Medical and sanitary report of the native army of Bengal for the year
Year: 1876
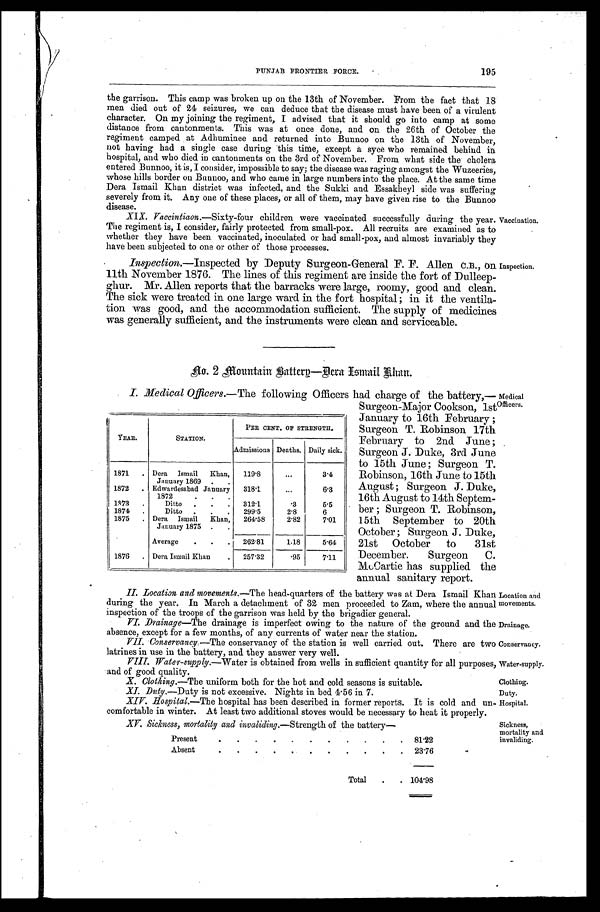
195
PUNJAB FRONTIER FORCE.
the garrison. This camp was broken up on the 13th of November. From the fact that 18
men died out of 24 seizures, we can deduce that the disease must have been of a virulent
character. On my joining the regiment, I advised that it should go into camp at some
distance from cantonments. This was at once done, and on the 26th of October the
regiment camped at Adhuminee and returned into Bunnoo on the 13th of November,
not having had a single case during this time, except a syce who remained behind in
hospital, and who died in cantonments on the 3rd of November. From what side the cholera
entered Bunnoo, it is, I consider, impossible to say; the disease was raging amongst the Wuzeeries,
whose hills border on Bunnoo, and who came in large numbers into the place. At the same time
Dera Ismail Khan district was infected, and the Sukki and Essakheyl side was suffering
severely from it. Any one of these places, or all of them, may have given rise to the Bunnoo
disease.
Vaccination.
XIX. Vaccintiaon .—Sixty-four children were vaccinated successfully during the year.
The regiment is, I consider, fairly protected from small-pox. All recruits are examined as to
whether they have been vaccinated, inoculated or had small-pox, and almost invariably they
have been subjected to one or other of those processes.
Inspection.
Inspection.—Inspected by Deputy Surgeon-General F. F. Allen C.B., on
11th November 1876. The lines of this regiment are inside the fort of Dulleep-
ghur. Mr. Allen reports that the barracks were large, roomy, good and clean.
The sick were treated in one large ward in the fort hospital; in it the ventila-
tion was good, and the accommodation sufficient. The supply of medicines
was generally sufficient, and the instruments were clean and serviceable.
No. 2 Mount ai n Bat t er y—Der a I s mai l Khan.
Medical
.
Officers.
I . Me d i c a l Of f i c e r s .—The following Officers had charge of the battery,—
Surgeon-Major Cookson, 1st
January to 16th February;
Surgeon T. Robinson 17th
February to 2nd June;
Surgeon J. Duke, 3rd June
to 15th June; Surgeon T.
Robinson, 16th June to 15th
August; Surgeon J. Duke,
16th August to 14th Septem-
ber; Surgeon T. Robinson,
15th September to 20th
October; Surgeon J. Duke,
21st October to 31st
December. Surgeon C.
McCartie has supplied the
annual sanitary report.
I . L o c a t i o n a n d m o v e m e n t s.
— T h e h e a d - q u a r t e r s o f t h e b a t t e r y w a s a t D e r a I s m a i l K h a n L o c a t i o n a n d
during the year. In March a detachment of 32 men proceeded to Zam, where the annual movements.
inspection of the troops of the garrison was held by the brigadier general.
Drainage.
V I . D r a i n a g e
— T h e d r a i n a g e i s i m p e r f e c t o w i n g t o t h e n a t u r e o f t h e g r o u n d a n d t h e
absence, except for a few months, of any currents of water near the station.
Conservancy.
V I I . C o n s e r v a n c y
. — T h e c o n s e r v a n c y o f t h e s t a t i o n i s w e l l c a r r i e d o u t . T h e r e a r e t w o
latrines in use in the battery, and they answer very well.
Water.supply.
V I I I . W a t e r - s u p p l y
. — W a t e r i s o b t a i n e d f r o m w e l l s i n s u f f i c i e n t q u a n t i t y f o r a l l p u r p o s e s ,
and of good quality.
Clothing.
X . C l o t h i n g
. — T h e u n i f o r m b o t h f o r t h e h o t a n d c o l d s e a s o n s i s s u i t a b l e .
Duty.
X I . D u t y
. — D u t y i s n o t e x c e s s i v e . N i g h t s i n b e d 4.
5 6 i n 7 .
Hospital.
X I V . H o s p i t a l
. — T h e h o s p i t a l h a s b e e n d e s c r i b e d i n f o r m e r r e p o r t s . I t i s c o l d a n d u n -
comfortable in winter. At least two additional stoves would be necessary to heat it properly.
I. XV. Sickness, mortality and invaliding .—Strength of the battery—
Present
8 1 . 2 2
Absent
2 3 . 7 6
Total
1 0 4 . 9 8
YEAR.
STATION.
PER, CENT. OF STRENGTH.
Admissions Deaths. Daily sick.
1871
Dera Ismail Khan,
January 1869
119.8
3.4
1872
Edwardesabad January
1872
318.1
6.3
1873
Ditto
312.1
.3
5.5
1874
Ditto
299.5
2.8
6
1875
Dera Ismail Khan,
January 1875
264.58
2.82
7.01
Average
262.81
1.18
5.64
1876
Dora Ismail Khan
257.32
.95
7.11
Sickness,
mortality and
invaliding.